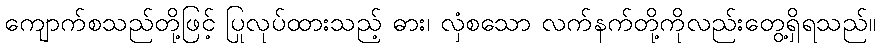
ကျောက်စသည်တို့ဖြင့် ပြုလုပ်ထားသည့် ဓား၊ လှံစသော လက်နက်တို့ကိုလည်းတွေ့ရှိရသည်။